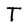
Character: T